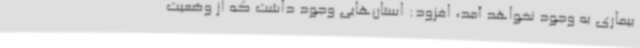
بیماری به وجود نخواهد آمد، افزود: استان‌هایی وجود داشت که از وضعیت